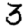
Digit: 3